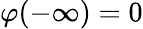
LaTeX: \varphi(-\infty)=0